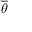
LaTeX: \overline { { \theta } }